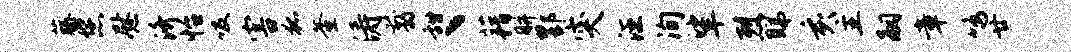
藤您慰济怡吸害狐釜涛翦甜丶藉胼酆突汪洵挲烈睇亥主嗣章鸣廿